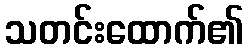
သတင်းထောက်၏